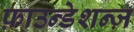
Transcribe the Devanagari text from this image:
फ़ाउन्डेशन्ज़